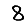
Digit: 8